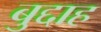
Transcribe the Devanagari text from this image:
बुद्दाह